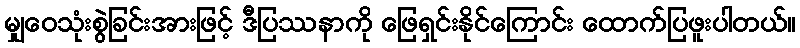
မျှဝေသုံးစွဲခြင်းအားဖြင့် ဒီပြဿနာကို ဖြေရှင်းနိုင်ကြောင်း ထောက်ပြဖူးပါတယ်။